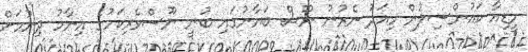
މީޑިއާ ކައުންސިލުން މިއަދު ނެރުނު ނޫސް ބަޔާނުގައި ބުނީ ނޫސްވެރިކަމުގެ އިނާމު ދިނުމަށް